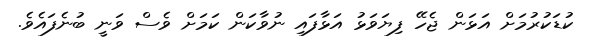
ކުޑަކުރުމަށް އަޅަން ޖެހޭ ފިޔަވަޅު އަޅާފައި ނުވާކަން ކަމަށް ވެސް ވަނީ ބުނެފައެވެ.